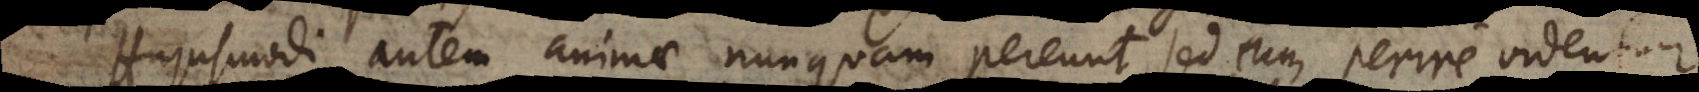
Hujusmodi autem animae nunquam pereunt, sed cum perire videntur